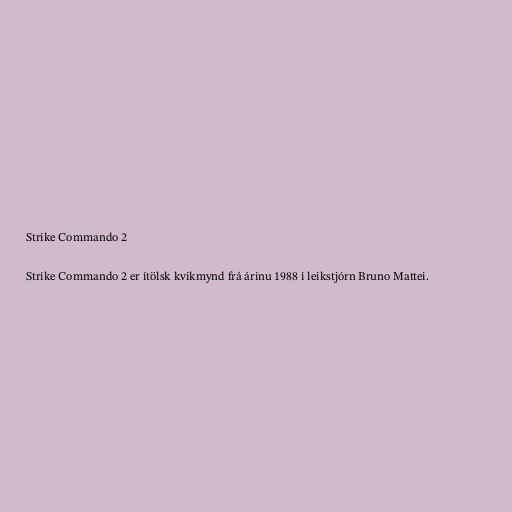
Strike Commando 2

Strike Commando 2 er ítölsk kvikmynd frá árinu 1988 í leikstjórn Bruno Mattei.